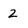
Character: 2